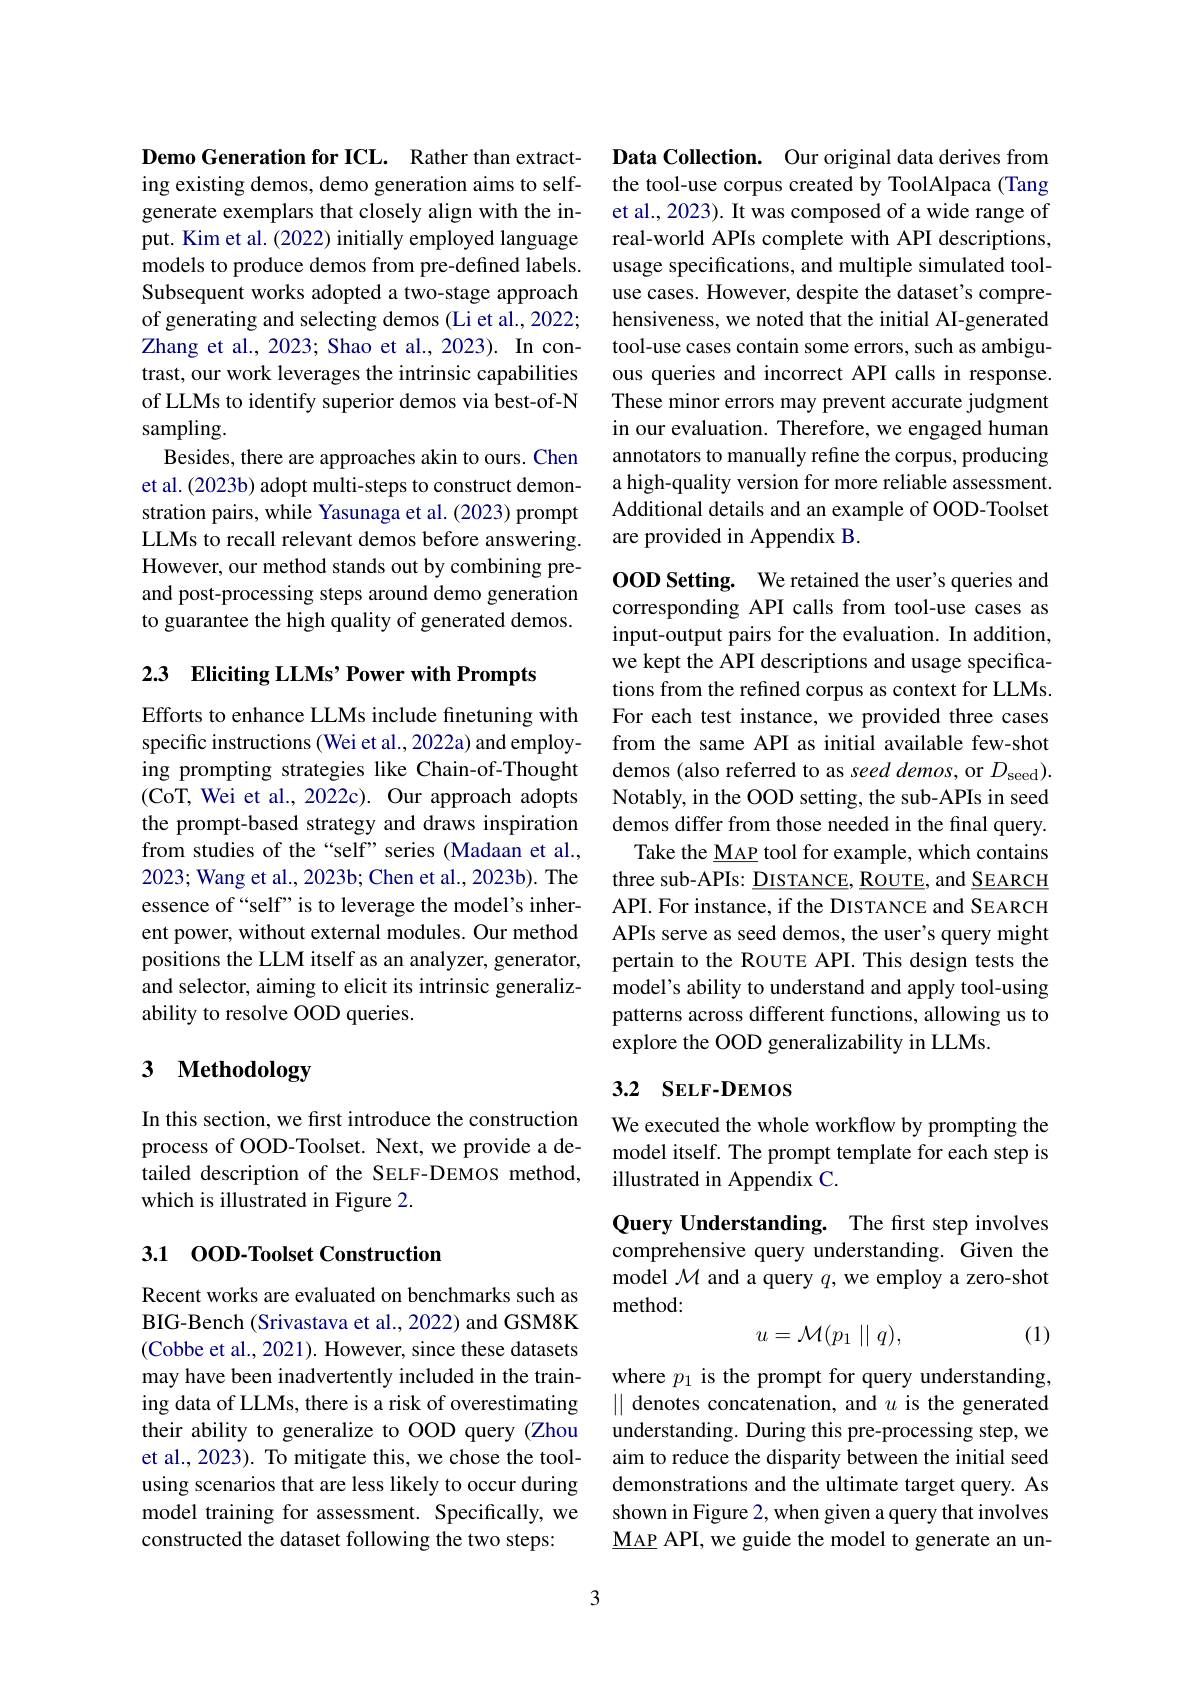
Demo Generation for ICL. Rather than extracting existing demos, demo generation aims to selfgenerate exemplars that closely align with the input. Kim et al. (2022) initially employed language models to produce demos from pre-defined labels. Subsequent works adopted a two-stage approach of generating and selecting demos (Li et al., 2022; Zhang et al., 2023; Shao et al., 2023). In contrast, our work leverages the intrinsic capabilities of LLMs to identify superior demos via best-of-N sampling.
Besides, there are approaches akin to ours. Chen et al. (2023b) adopt multi-steps to construct demonstration pairs, while Yasunaga et al. (2023) prompt However, our method stands out by combining preand post-processing steps around demo generation to guarantee the high quality of generated demos.

2.3 Eliciting LLMs’ Power with Prompts

Efforts to enhance LLMs include finetuning with specific instructions (Wei et al., 2022a) and employing prompting strategies like Chain-of-Thought (CoT, Wei et al., 2022c). Our approach adopts the prompt-based strategy and draws inspiration from studies of the“self”series (Madaan et al., 2023; Wang et al., 2023b; Chen et al., 2023b). The essence of“self”is to leverage the model’s inherent power, without external modules. Our method positions the LLM itself as an analyzer, generator, and selector, aiming to elicit its intrinsic generalizability to resolve OOD queries.

# 3 Methodology

In this section, we first introduce the construction process of OOD-Toolset. Next, we provide a dewhich is illustrated in Figure 2.

# 3.1 00D-Toolset Construction

Recent works are evaluated on benchmarks such as BIG-Bench (Srivastava et al., 2022) and GSM8K (Cobbe et al., 2021). However, since these datasets may have been inadvertently included in the training data of LLMs, there is a risk of overestimating their ability to generalize to OOD query (Zhou et al., 2023). To mitigate this, we chose the toolusing scenarios that are less likely to occur during model training for assessment. Specifically, we constructed the dataset following the two steps:

Data Collection. Our original data derives from the tool-use corpus created by ToolAlpaca (Tang et al., 2023). It was composed of a wide range of real-world APIs complete with API descriptions, usage specifications, and multiple simulated tooluse cases. However, despite the dataset's comprehensiveness, we noted that the initial AI-generated tool-use cases contain some errors, such as ambiguous queries and incorrect API calls in response. These minor errors may prevent accurate judgment in our evaluation. Therefore, we engaged human annotators to manually refine the corpus, producing a high-quality version for more reliable assessment. Additional details and an example of OOD-Toolset
LLMs to recall relevant demos before answering. are provided in Appendix B.

OOD Setting. We retained the user's queries and corresponding API calls from tool-use cases as input-output pairs for the evaluation. In addition, we kept the API descriptions and usage specifications from the refined corpus as context for LLMs. For each test instance, we provided three cases from the same API as initial available few-shot demos (also referred to as seed demos, or $D_\mathrm{seed}).$ Notably, in the OOD setting, the sub-APIs in seed demos differ from those needed in the final query.
Take the MAP tool for example, which contains three sub-APIs: $\underline{\text{DISTANCE}},\underline{\text{ROUTE}}$, and SEARCH API. For instance, if the DISTANCE and SEARCH APIs serve as seed demos, the user's query might pertain to the ROUTE API. This design tests the model's ability to understand and apply tool-using patterns across different functions, allowing us to explore the OOD generalizability in LLMs.

## 3.2 SELF- DEMOS

We executed the whole workflow by prompting the model itself. The prompt template for each step is
tailed description of the SELF-DEMOS method, illustrated in Appendix C.

Query Understanding. The first step involves comprehensive query understanding. Given the model $\mathcal{M}$ and a query $q$,we employ a zero-shot method:
$$u=\mathcal{M}(p_1\mid\mid q),$$
(1)

where $p_{1}$ is the prompt for query understanding, $\|$ denotes concatenation, and $u$ is the generated understanding. During this pre-processing step, we aim to reduce the disparity between the initial seed demonstrations and the ultimate target query. As shown in Figure 2, when given a query that involves $\underline{\mathrm{MAP}}$ API, we guide the model to generate an un-

3